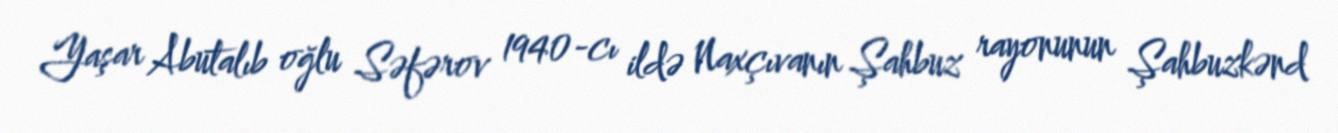
Yaşar Abutalıb oğlu Səfərov 1940-cı ildə Naxçıvanın Şahbuz rayonunun Şahbuzkənd